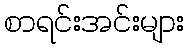
စာရင်းအင်းများ